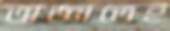
অজ্ঞাতেই